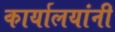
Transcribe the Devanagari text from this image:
कार्यालयांनी